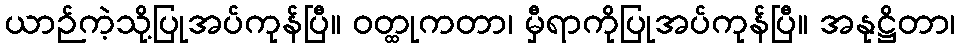
ယာဉ်ကဲ့သို့ပြုအပ်ကုန်ပြီ။ ဝတ္ထုကတာ၊ မှီရာကိုပြုအပ်ကုန်ပြီ။ အနုဋ္ဌိတာ၊